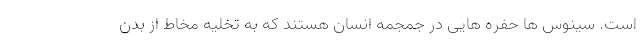
است. سینوس ها حفره هایی در جمجمه انسان هستند که به تخلیه مخاط از بدن